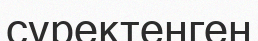
сүректенген